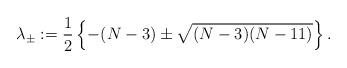
LaTeX: \begin{align*}\lambda_{\pm}:=\frac{1}{2}\left\{ -(N-3)\pm\sqrt{(N-3)(N-11)}\right\}.\end{align*}